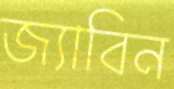
জ্যাবিন